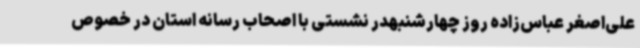
علی‌اصغر عباس‌زاده روز چهارشنبهدر نشستی با اصحاب رسانه استان در خصوص